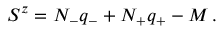
S ^ { z } = N _ { - } q _ { - } + N _ { + } q _ { + } - M \, .